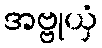
အဗ္ဗုယှံ